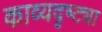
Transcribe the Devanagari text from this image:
काव्यदृष्ट्या